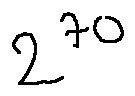
2 ^ { 7 0 }